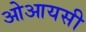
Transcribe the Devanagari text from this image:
ओआयसी